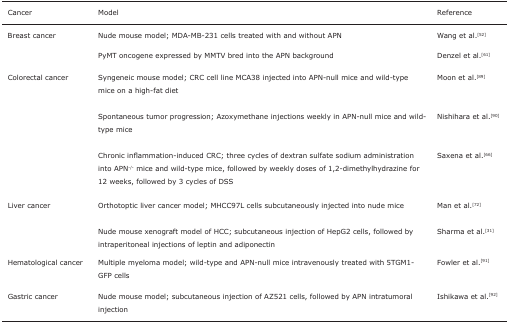
| Cancer | Model | Reference |
 | --- | --- | --- |
 | Breast cancer | Nude mouse model; MDA-MB-231 cells treated with and without APN | Wang et al.[52] |
 |  | PyMT oncogene expressed by MMTV bred into the APN background | Denzel et al.[61] |
 | <ROWSPAN=3> Colorectal cancer | Syngeneic mouse model; CRC cell line MCA38 injected into APN-null mice and wild-type mice on a high-fat diet | Moon et al.[89] |
 | Spontaneous tumor progression; Azoxymethane injections weekly in APN-null mice and wild-type mice | Nishihara et al.[90] |
 | Chronic inflammation-induced CRC; three cycles of dextran sulfate sodium administration into APN-/- mice and wild-type mice, followed by weekly doses of 1,2-dimethylhydrazine for 12 weeks, followed by 3 cycles of DSS | Saxena et al.[66] |
 | <ROWSPAN=2> Liver cancer | Orthotoptic liver cancer model; MHCC97L cells subcutaneously injected into nude mice | Man et al.[72] |
 | Nude mouse xenograft model of HCC; subcutaneous injection of HepG2 cells, followed by intraperitoneal injections of leptin and adiponectin | Sharma et al.[31] |
 | Hematological cancer | Multiple myeloma model; wild-type and APN-null mice intravenously treated with 5TGM1-GFP cells | Fowler et al.[91] |
 | Gastric cancer | Nude mouse model; subcutaneous injection of AZ521 cells, followed by APN intratumoral injection | Ishikawa et al.[92] |